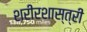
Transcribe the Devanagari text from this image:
शरीरशास्त्री